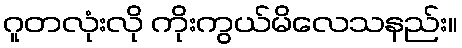
ဂူတလုံးလို ကိုးကွယ်မိလေသနည်း။